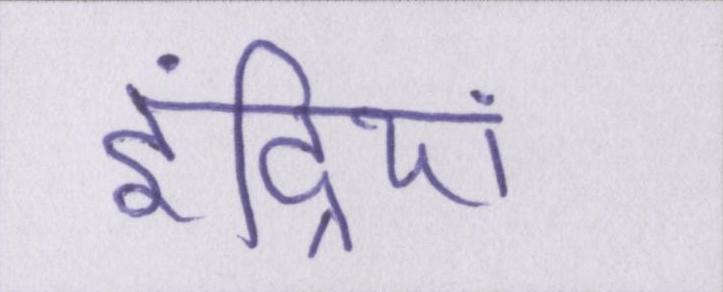
इंद्रियां